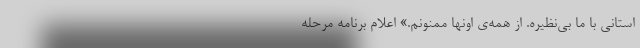
استانی با ما بی‌نظیره. از همه‌ی اونها ممنونم.» اعلام برنامه مرحله